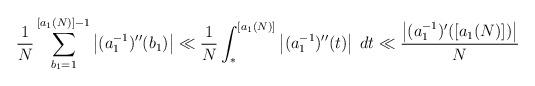
LaTeX: \begin{align*}\frac{1}{N}\sum_{b_1=1}^{[a_1(N)]-1}\left| (a_1^{-1})''(b_1) \right|\ll \frac{1}{N}\int_\ast^{[a_1(N)]}\left| (a_1^{-1})''(t) \right|\;dt\ll \frac{\left|(a_1^{-1})'([a_1(N)])\right|}{N}\end{align*}